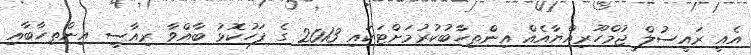
އެއީ ރައީސުލް ޖުމްހޫރިއްޔާއެއް އިންތިހާބުކުރުމަށްޓަކައި 2013 ގެ ފަހުކޮޅު ބާއްވާ ރިއާސީ އިންތިހާބާއި